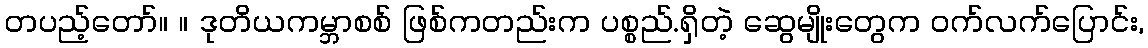
တပည့်တော်။ ။ ဒုတိယကမ္ဘာစစ် ဖြစ်ကတည်းက ပစ္စည်.ရှိတဲ့ ဆွေမျိုးတွေက ဝက်လက်ပြောင်း,